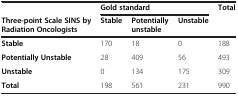
<table><thead><tr><td><b> </b></td><td colspan="3"><b>Gold standard</b></td><td rowspan="2"><b>Total</b></td></tr><tr><td><b>Three-point Scale SINS by Radiation Oncologists</b></td><td><b>Stable</b></td><td><b>Potentially unstable</b></td><td><b>Unstable</b></td></tr></thead><tbody><tr><td><b>Stable</b></td><td>170</td><td>18</td><td>0</td><td>188</td></tr><tr><td><b>Potentially Unstable</b></td><td>28</td><td>409</td><td>56</td><td>493</td></tr><tr><td><b>Unstable</b></td><td>0</td><td>134</td><td>175</td><td>309</td></tr><tr><td><b>Total</b></td><td>198</td><td>561</td><td>231</td><td>990</td></tr></tbody></table>